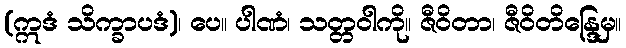
(ဣဒံ သိက္ခာပဒံ)၊ ပေ။ ပါဏံ၊ သတ္တဝါကို။ ဇီဝိတာ၊ ဇီဝိတိန္ဒြေမှ။